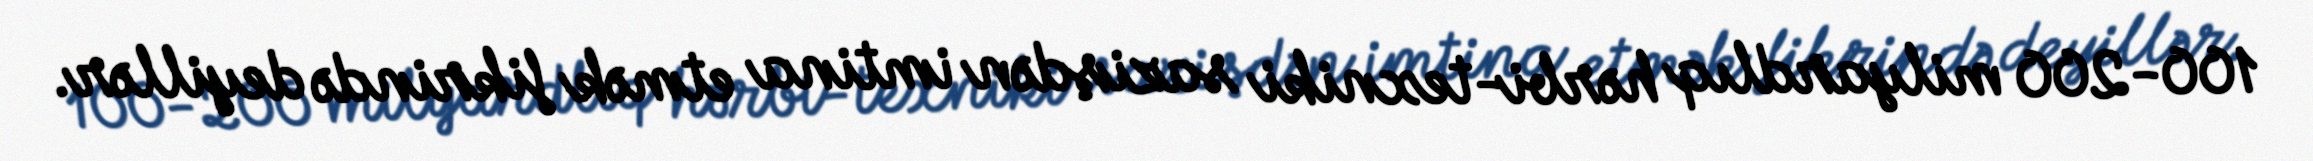
100-200 milyardlıq hərbi-texniki sazişdən imtina etmək fikrində deyillər.